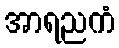
အာရညကံ